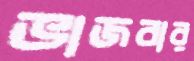
ভাজবার